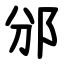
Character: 邠